Annual administration report of the Civil Veterinary Department of India - 1897-1898
Year: 1897
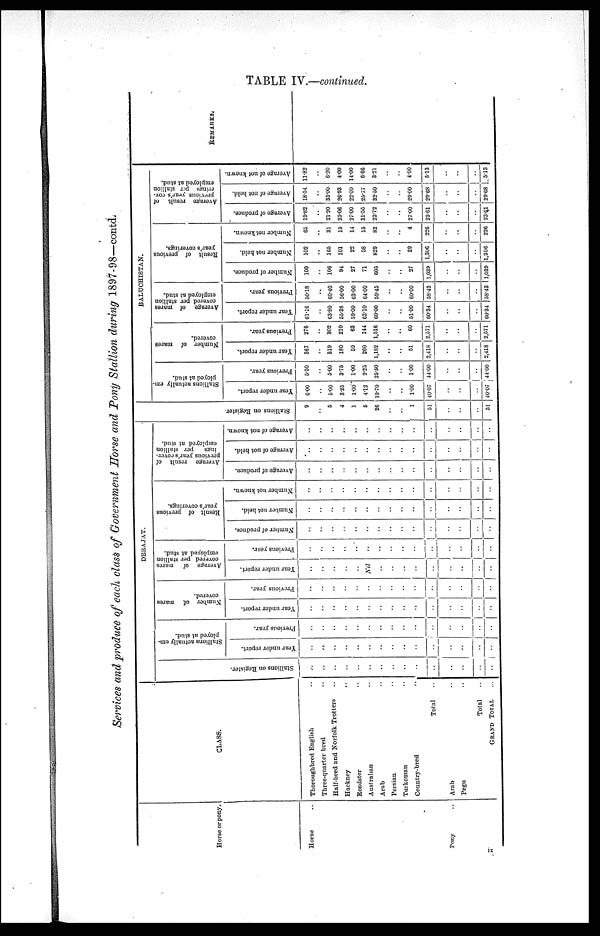
TABLE IV.—continued.
Services and produce of each class of Government Horse and Tony Stallion during 1897-98—contd.
Horse or pony.
Horse ..
Pony ..
CLASS.
Thoroughbred English ..
Three-quarter bred ..
Half-bred and Norfolk Trotters ..
Hackney ..
Roadster ..
Australian ..
Arab ..
Persian ..
Turkoman ..
Country-bred ..
Total ..
Arab ..
Pegu ..
Total ..
GRAND TOTAL ...
DERAJAT.
Stallions on Regi s t
er .
..
..
..
..
..
..
..
..
..
..
..
..
..
..
..
Stallions actually em-
ployed at stud.
Year under report.
..
..
..
..
..
..
..
..
..
..
..
..
..
..
..
Previous year.
..
..
..
..
..
..
..
..
..
..
..
..
..
..
..
Number of mares
covered.
Year under report.
..
..
..
..
..
..
..
..
..
..
..
..
..
..
..
Previous year.
..
..
..
..
..
..
..
..
..
..
..
..
..
..
..
Average of mares
covered per stallion
employed at stud.
Year under report.
..
..
..
..
..
Nil
..
..
..
..
..
..
..
..
..
Previous year.
..
..
..
..
..
..
..
..
..
..
..
..
..
..
..
Result of previous
year's coverings.
Number of produce.
..
..
..
..
..
..
..
..
..
..
..
..
..
..
..
Number not held.
..
..
..
..
..
..
..
..
..
..
..
..
..
..
..
Number not known.
..
..
..
..
..
..
..
..
..
..
..
..
..
..
..
Average result of
previous year's cover-
ings
per stallion
employed at stud.
Average of produce.
..
..
..
..
..
..
..
..
..
..
..
..
..
..
..
Average of not held.
..
..
..
..
..
..
..
..
..
..
..
..
..
..
..
Average of not known.
..
..
..
..
..
..
..
..
..
..
..
..
..
..
..
BALUCHISTAN.
Stallions on Register.
9
..
5
4
1
5
26
..
..
1
51
..
..
..
51
Stallions actually em-
ployed at stud.
Year under report.
6.00
..
5.00
3.25
1.00
4.12
19.70
..
..
1.00
40.07
..
..
...
40.07
Previous year.
5.50
..
5.00
3.75
1.00
2.25
25.50
..
..
1.00
44.00
..
..
..
4400
Number of mares
covered.
Year under report.
367
..
319
180
59
260
1,182
..
..
51
2,418
..
..
..
2,418
Previous year.
276
..
802
210
63
144
1,516
..
..
60
2,571
..
..
..
2,571
Average of mares
covered per stallion
employed at stud.
Year under report.
61.16
..
63.80
55.38
59.00
63.10
60.00
..
..
51.00
60.34
..
..
..
60.34
Previous year.
50.18
..
60.40
56.00
63.00
64.00
59.45
..
..
60.00
58.43
..
..
..
58.43
Result of previous
year's coverings.
Number of produce.
109
..
106
94
27
71
605
..
..
27
1,039
..
..
..
1,039
Number not held.
102
..
165
101
22
58
829
..
..
29
1,306
..
..
..
1,306
Number not known.
65
..
31
15
14
15
82
..
..
4
226
..
..
..
226
Average result of
previous year's cov-
erings per stallion
employed at stud.
Average of produce.
19.82
..
21.20
25.06
27.00
31.55
23.72
..
..
27.00
23.61
..
..
..
23.61
Average of not held.
18.54
..
33.00
26.93
22.00
25.77
32.50
..
..
29.00
29.68
..
..
..
29.68
Average of not known.
11.82
..
6.20
4.00
14.00
6.66
3.21
..
..
4.00
5.13
..
..
..
5.13
REMARKS.
ix